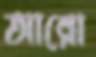
আরো